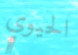
الحيوي